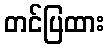
တင်ပြထား